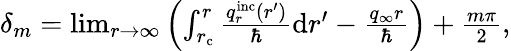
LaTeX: \begin{array}{r}{\delta_{m}=\operatorname*{lim}_{r\to\infty}\left(\int_{r_{\mathrm{c}}}^{r}\frac{q_{r}^{\mathrm{inc}}(r^{\prime})}{\hbar}\mathrm{d}r^{\prime}-\frac{q_{\infty}r}{\hbar}\right)+\frac{m\pi}{2},}\end{array}